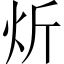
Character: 炘